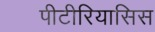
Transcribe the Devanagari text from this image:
पीटीरियासिस